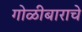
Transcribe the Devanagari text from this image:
गोळीबाराचे